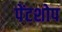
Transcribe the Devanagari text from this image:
पेंटशोप